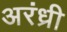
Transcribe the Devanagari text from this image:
अरंध्री